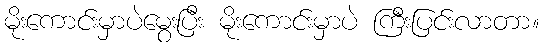
မိုးကောင်းမှာပဲမွေးပြီး မိုးကောင်းမှာပဲ ကြီးပြင်းလာတာ။